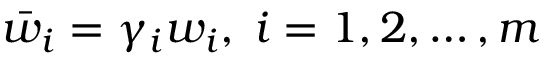
\bar { w } _ { i } = \gamma _ { i } w _ { i } , \; i = 1 , 2 , \ldots , m